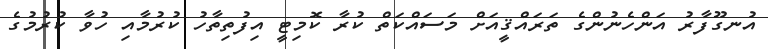
އުނގޫފާރު އަންހެނުންގެ ތަރައްޤީއަށް މަސައްކަތް ކުރާ ކޮމިޓީ އިފުތިތާހު ކުރުމާއި ހުވާ ކުރުމުގެ